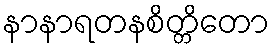
နာနာရတနစိတ္တိတော